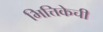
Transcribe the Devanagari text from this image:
भित्तिकेची